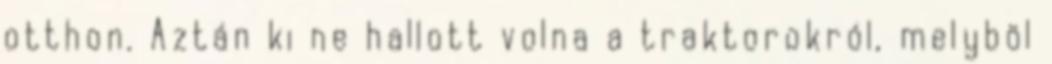
otthon. Aztán ki ne hallott volna a traktorokról, melyböl